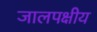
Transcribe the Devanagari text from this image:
जालपक्षीय